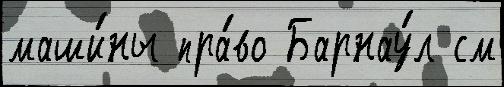
маши́ны пра́во Барнау́л см